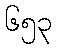
၆၅၃